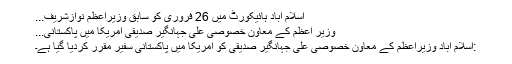
اسلام آباد ہائیکورٹ میں 26 فروری کو سابق وزیراعظم نوازشریف...
وزیر اعظم کے معاون خصوصی علی جہانگیر صدیقی امریکا میں پاکستانی...
:اسلام آباد وزیراعظم کے معاون خصوصی علی جہانگیر صدیقی کو امریکا میں پاکستانی سفیر مقرر کردیا گیا ہے۔